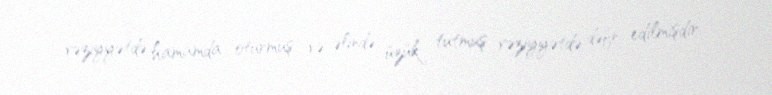
vəziyyətdə hamamda oturmuş və əlində üzük tutmuş vəziyyətdə dəfn edilmişdir.